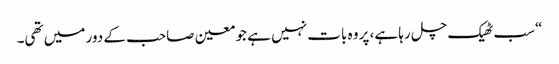
“سب ٹھیک چل رہا ہے، پر وہ بات نہیں ہے جو معین صاحب کے دور میں تھی۔